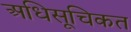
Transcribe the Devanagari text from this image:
अधिसूचिकत